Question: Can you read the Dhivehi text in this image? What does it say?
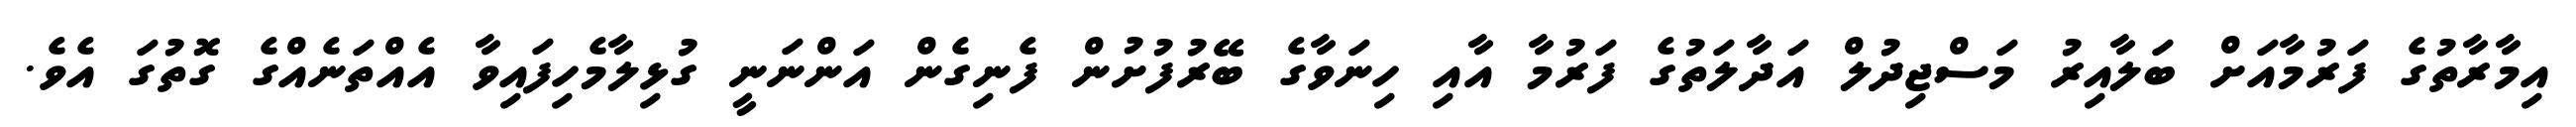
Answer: އިމާރާތުގެ ފަރުމާއަށް ބަލާއިރު މަސްޖިދުލް އަދާލަތުގެ ފަރުމާ އާއި ހިނަވާގެ ބޭރުފުށުން ފެނިގެން އަންނަނީ ގުޅިލާމެހިފައިވާ އެއްތަނެއްގެ ގޮތުގަ އެވެ.